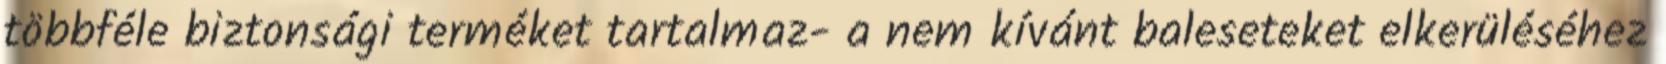
többféle biztonsági terméket tartalmaz- a nem kívánt baleseteket elkerüléséhez